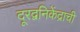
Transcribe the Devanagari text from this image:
दूरद्वनिकेंद्राची